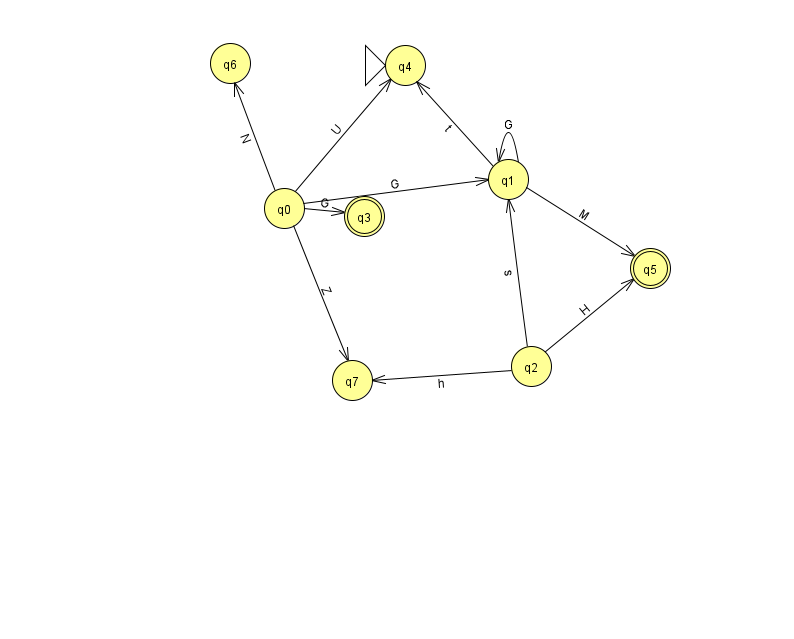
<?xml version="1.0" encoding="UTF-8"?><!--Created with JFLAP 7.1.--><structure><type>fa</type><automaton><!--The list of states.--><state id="0" name="q0"><x>284.0</x><y>195.0</y></state><state id="1" name="q1"><x>508.0</x><y>166.0</y></state><state id="2" name="q2"><x>531.0</x><y>353.0</y></state><state id="3" name="q3"><x>364.0</x><y>203.0</y><final/></state><state id="4" name="q4"><x>405.0</x><y>52.0</y><initial/></state><state id="5" name="q5"><x>650.0</x><y>255.0</y><final/></state><state id="6" name="q6"><x>230.0</x><y>50.0</y></state><state id="7" name="q7"><x>352.0</x><y>367.0</y></state><!--The list of transitions.--><transition><from>0</from><to>1</to><read>G</read></transition><transition><from>0</from><to>6</to><read>N</read></transition><transition><from>2</from><to>1</to><read>s</read></transition><transition><from>1</from><to>1</to><read>G</read></transition><transition><from>0</from><to>7</to><read>Z</read></transition><transition><from>1</from><to>4</to><read>t</read></transition><transition><from>2</from><to>7</to><read>h</read></transition><transition><from>0</from><to>4</to><read>U</read></transition><transition><from>1</from><to>5</to><read>M</read></transition><transition><from>0</from><to>3</to><read>G</read></transition><transition><from>2</from><to>5</to><read>H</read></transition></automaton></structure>